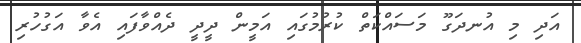
އަދި މި އުނދަގޫ މަސައްކަތް ކުރުމުގައި އަމީން ދީދީ ދެއްވާފައި އެވާ އަގުހުރި